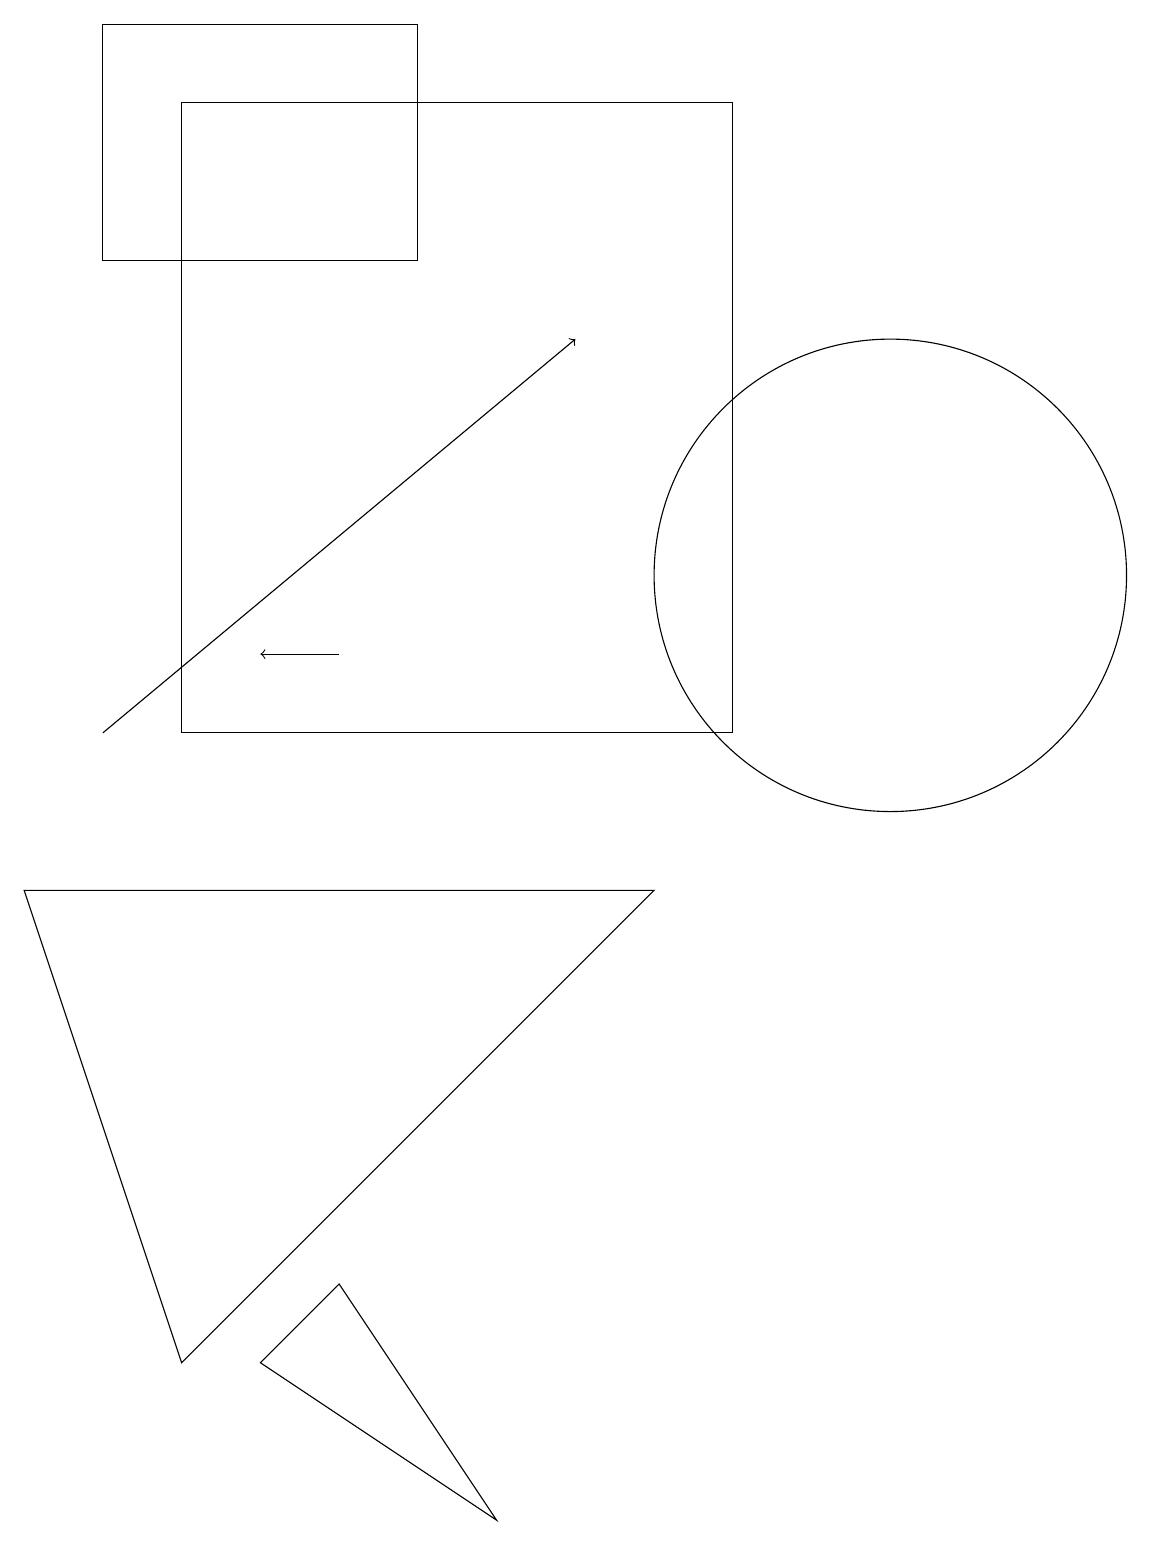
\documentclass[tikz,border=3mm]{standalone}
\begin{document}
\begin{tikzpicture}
\draw (11,12) circle (3);
\draw[->] (4,11) -- (3,11);
\draw (5,19) rectangle (1,16);
\draw (6,0) -- (3,2) -- (4,3) -- cycle;
\draw[->] (1,10) -- (7,15);
\draw (10,10) circle (0);
\draw (2,10) rectangle (9,18);
\draw (8,8) -- (0,8) -- (2,2) -- cycle;
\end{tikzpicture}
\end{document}